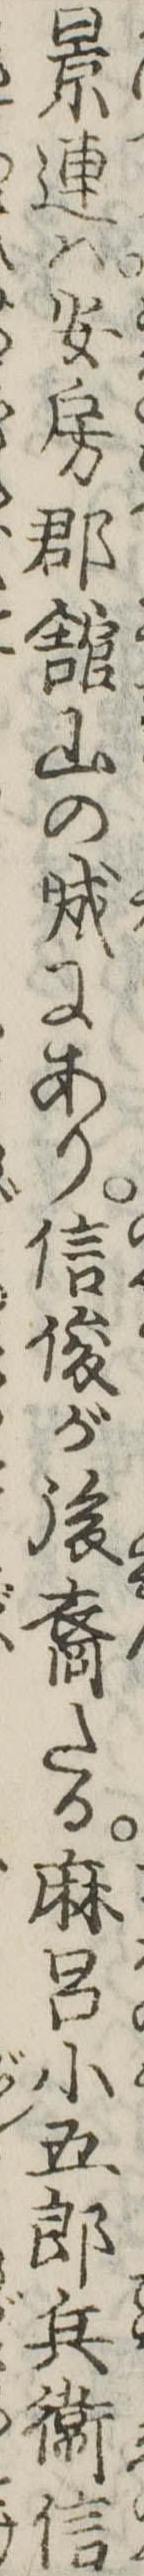
景連は安房郡館山の城にあり信俊が後裔たる麻呂小五郎兵衛信